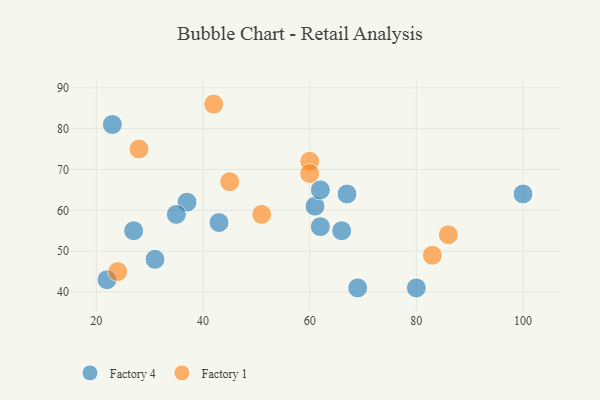
{"axis": {"x": "GDP", "y": "Life Expectancy"}, "legend": ["Factory 1", "Factory 4"], "data": [{"x": "61", "y": 61, "type": "Factory 4"}, {"x": "22", "y": 43, "type": "Factory 4"}, {"x": "67", "y": 64, "type": "Factory 4"}, {"x": "100", "y": 64, "type": "Factory 4"}, {"x": "37", "y": 62, "type": "Factory 4"}, {"x": "27", "y": 55, "type": "Factory 4"}, {"x": "31", "y": 48, "type": "Factory 4"}, {"x": "62", "y": 56, "type": "Factory 4"}, {"x": "69", "y": 41, "type": "Factory 4"}, {"x": "35", "y": 59, "type": "Factory 4"}, {"x": "43", "y": 57, "type": "Factory 4"}, {"x": "62", "y": 65, "type": "Factory 4"}, {"x": "80", "y": 41, "type": "Factory 4"}, {"x": "66", "y": 55, "type": "Factory 4"}, {"x": "23", "y": 81, "type": "Factory 4"}, {"x": "86", "y": 54, "type": "Factory 1"}, {"x": "24", "y": 45, "type": "Factory 1"}, {"x": "45", "y": 67, "type": "Factory 1"}, {"x": "42", "y": 86, "type": "Factory 1"}, {"x": "83", "y": 49, "type": "Factory 1"}, {"x": "60", "y": 72, "type": "Factory 1"}, {"x": "28", "y": 75, "type": "Factory 1"}, {"x": "51", "y": 59, "type": "Factory 1"}, {"x": "60", "y": 69, "type": "Factory 1"}]}